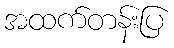
အထက်တန်းပြ